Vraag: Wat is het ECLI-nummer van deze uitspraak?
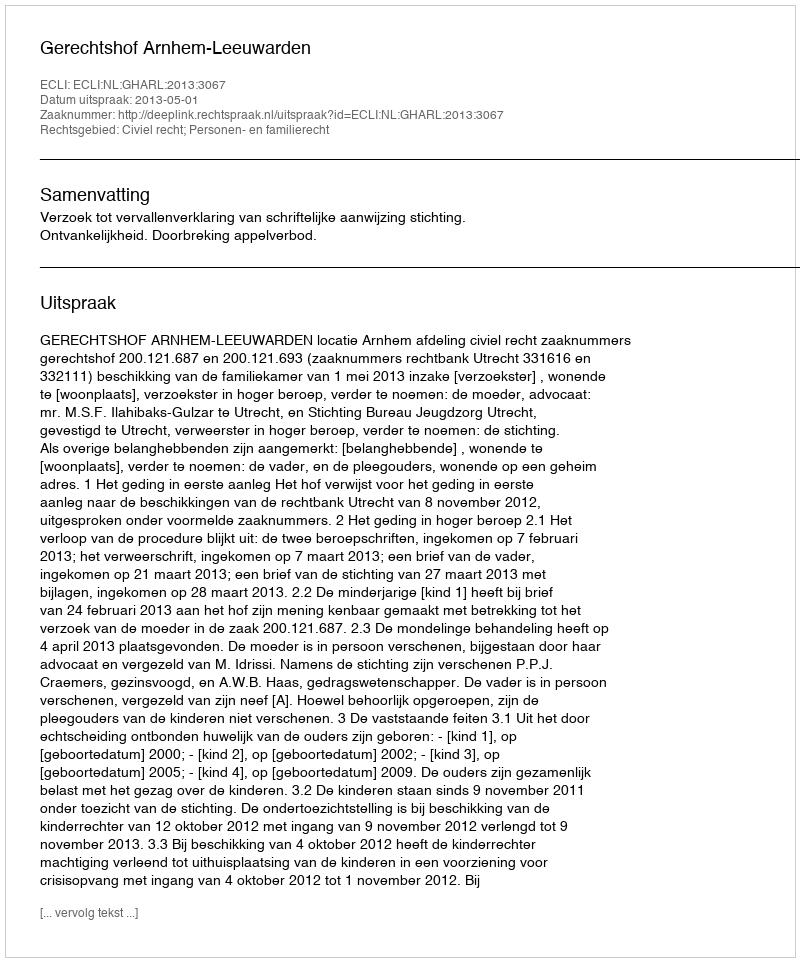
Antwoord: ECLI:NL:GHARL:2013:3067